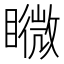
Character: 矀